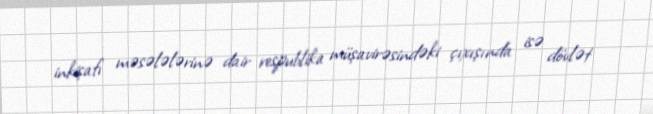
inkişafı məsələlərinə dair respublika müşavirəsindəki çıxışında isə dövlət